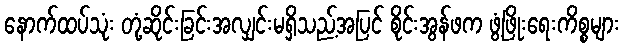
နောက်ထပ်သုံး တုံ့ဆိုင်းခြင်းအလျှင်းမရှိသည့်အပြင် စိုင်းအွန်ဖက ဖွံ့ဖြိုးရေးကိစ္စများ